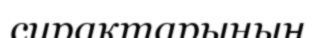
сирақтарының